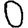
Digit: 0